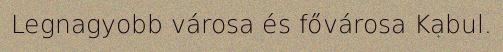
Legnagyobb városa és fővárosa Kabul.